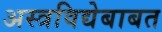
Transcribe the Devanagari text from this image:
अस्त्रविद्येबाबत